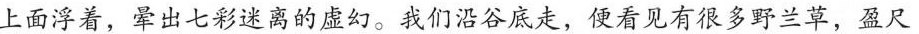
上面浮着，晕出七彩迷离的虚幻。我们潜谷底走，便看见有很多野兰草，盈尺